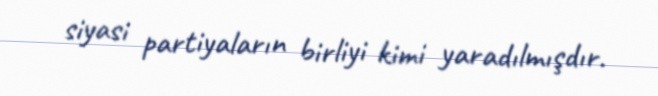
siyasi partiyaların birliyi kimi yaradılmışdır.